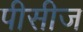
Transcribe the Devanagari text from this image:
पीसीज